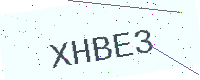
Text: XHBE3